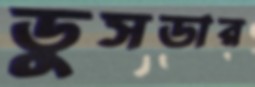
ডুসডার